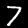
Digit: 7